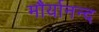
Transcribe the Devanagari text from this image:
मौर्यानन्द